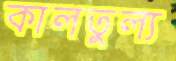
কালতুল্য